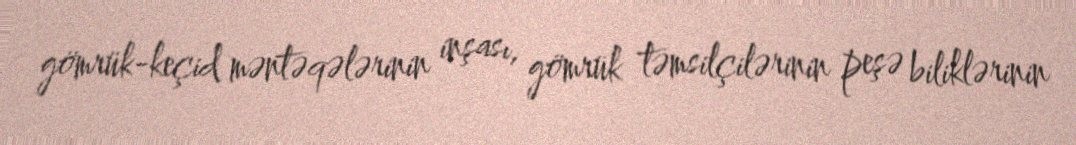
gömrük-keçid məntəqələrinin inşası, gömrük təmsilçilərinin peşə biliklərinin